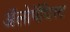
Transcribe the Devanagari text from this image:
अॅलोपॅथिस्ट